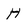
Character: H